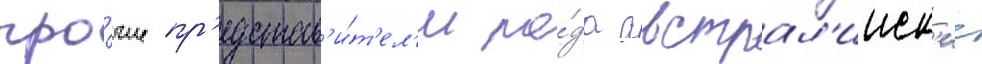
про́чие пр'едстав'и́т'ел'и ро́да австрал'ииск'ие